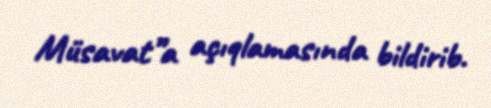
Müsavat”a açıqlamasında bildirib.